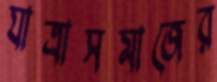
যাত্রাসমাজের